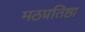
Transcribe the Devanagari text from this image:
मठप्रतिष्ठा